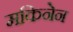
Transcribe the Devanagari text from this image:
मकिनेन